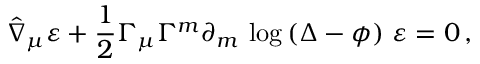
\hat { \nabla } _ { \mu } \varepsilon + \frac 1 2 { \Gamma _ { \mu } } \Gamma ^ { m } \partial _ { m } \, \log \left( \Delta - \phi \right) \, \varepsilon = 0 \, ,